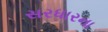
સરધારના